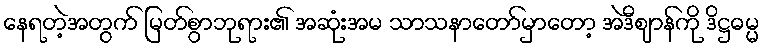
နေရတဲ့အတွက် မြတ်စွာဘုရား၏ အဆုံးအမ သာသနာတော်မှာတော့ အဲဒီဈာန်ကို ဒိဋ္ဌဓမ္မ